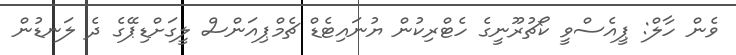
ވެން ހާލް: ޕީއެސްވީ ކޯޗުރޫނީގެ ހެޓްރިކުން ޔުނައިޓެޑް ޗެމްޕިއަންސް ލީގަށްޑިޕޭގެ ދެ ލަނޑުން